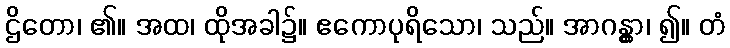
ဌိတော၊ ၏။ အထ၊ ထိုအခါ၌။ ဧကောပုရိသော၊ သည်။ အာဂန္တွာ၊ ၍။ တံ